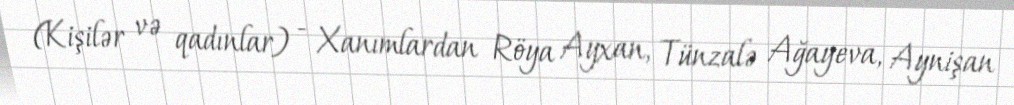
(Kişilər və qadınlar) - Xanımlardan Röya Ayxan, Tünzalə Ağayeva, Aynişan